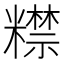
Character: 𥽍